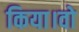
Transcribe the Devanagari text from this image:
किया।वो